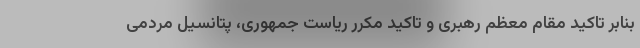
بنابر تاکید مقام معظم رهبری و تاکید مکرر ریاست جمهوری، پتانسیل مردمی